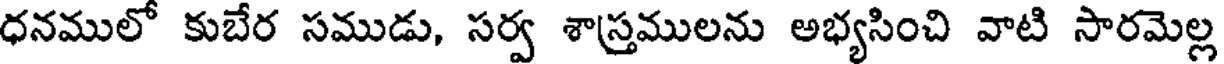
ధనములో కుబేర సముడు, సర్వ శాస్రములను అభ్యసించి వాటి సారమెల్ల